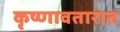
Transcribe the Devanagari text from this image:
कृष्णावतारात